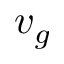
v _ { g }